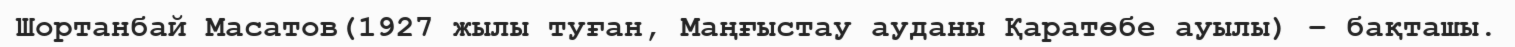
Шортанбай Масатов(1927 жылы туған, Маңғыстау ауданы Қаратөбе ауылы) – бақташы.